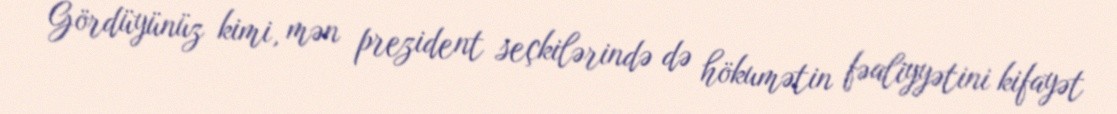
Gördüyünüz kimi, mən prezident seçkilərində də hökumətin fəaliyyətini kifayət